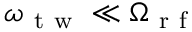
\omega _ { \mathrm { ~ t ~ w ~ } } \ll \Omega _ { \mathrm { ~ r ~ f ~ } }